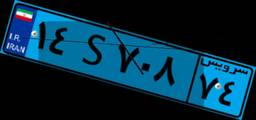
۰۶S۷۸۱۶۳